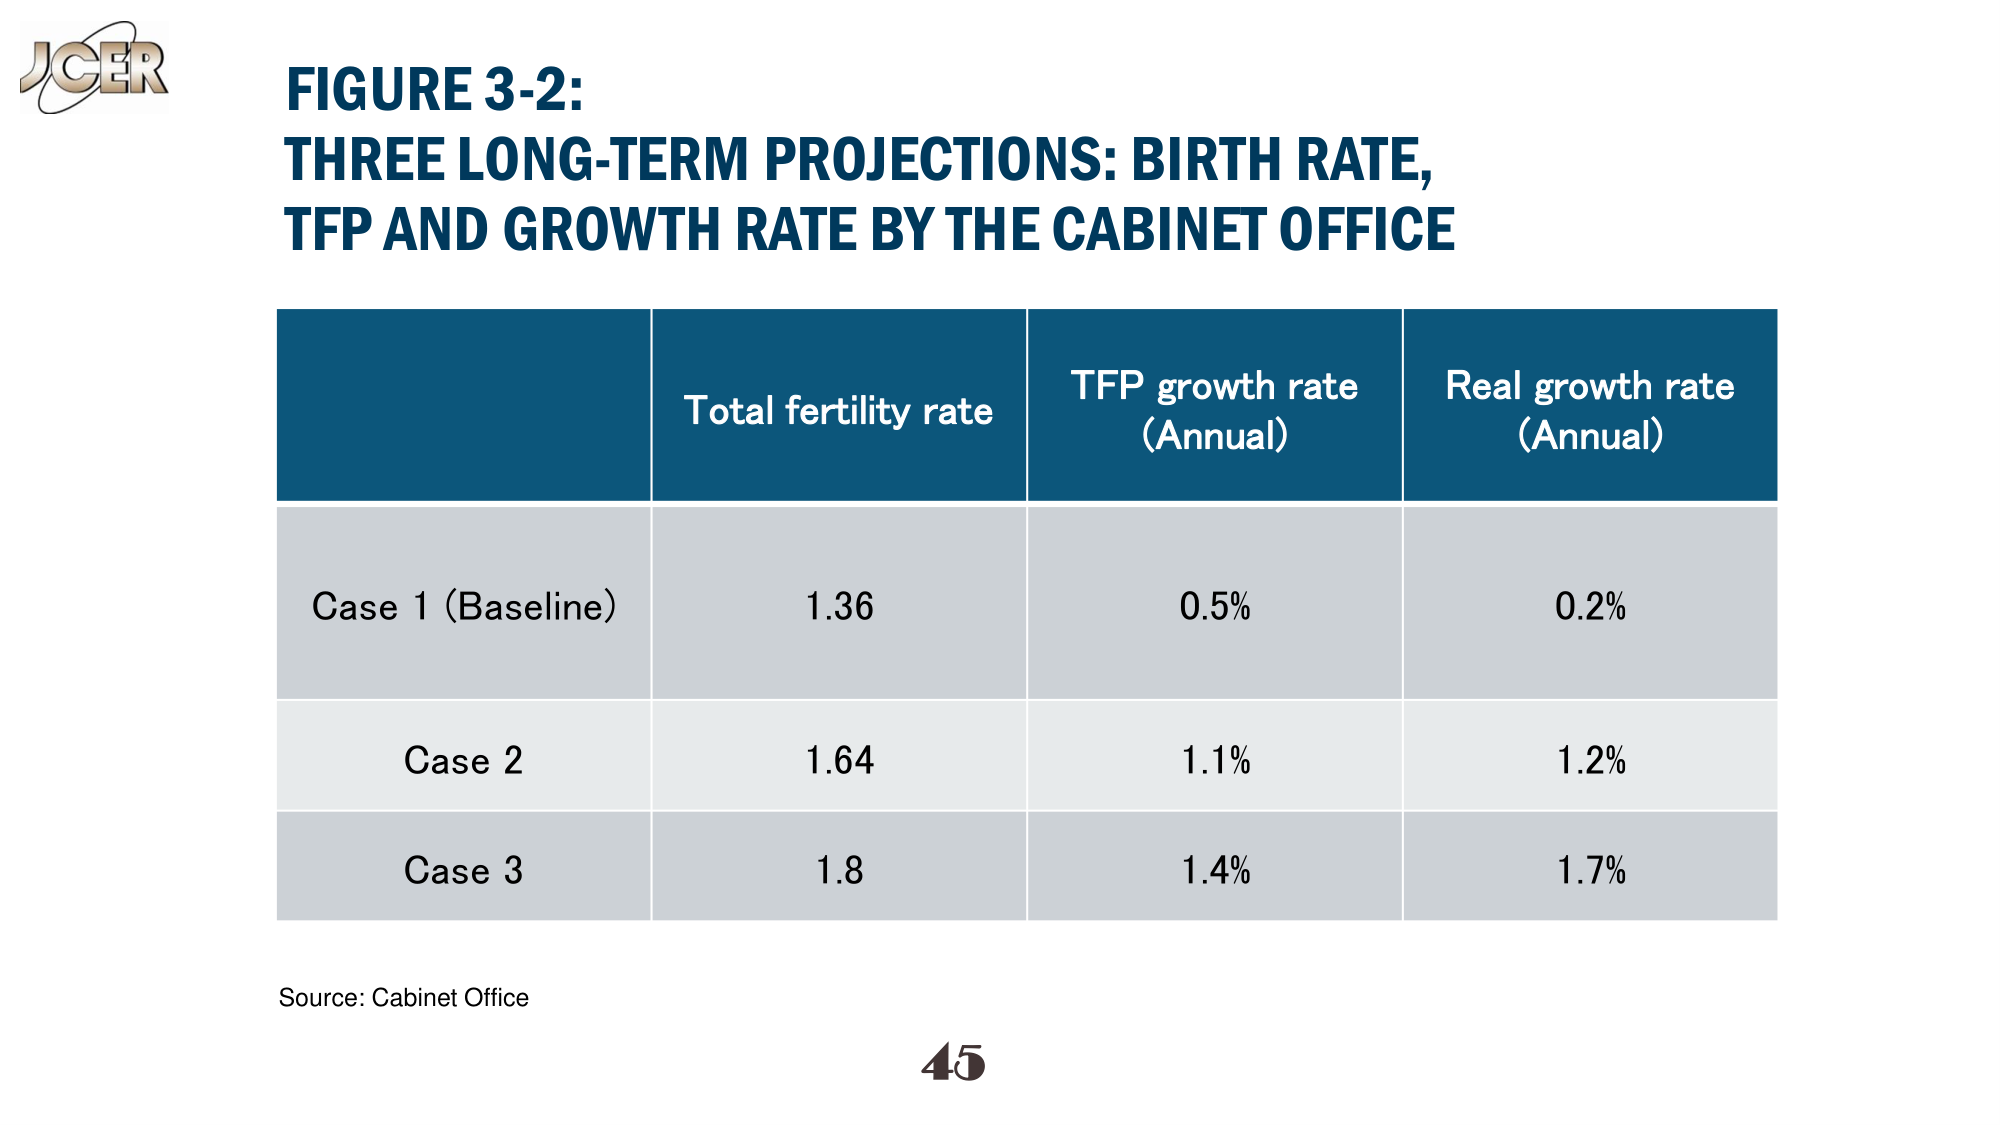
J Cer
FIGURE 3-2:
THREE LONG-TERM PROJECTIONS: BIRTH RATE,
TFP AND GROWTH RATE BY THE CABINET OFFICE

Total fertility rate
TFP growth rate
(Annual)
Real growth rate
(Annual)

Case 1 (Baseline)
1.36
0.5%
0.2%

Case 2
1.64
1.1%
1.2%

Case 3
1.8
1.4%
1.7%

Source: Cabinet Office
45